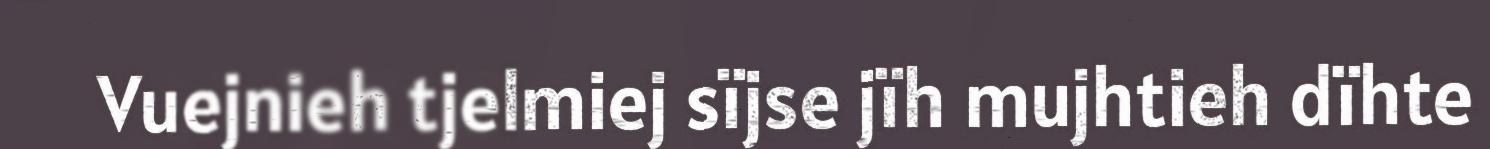
Vuejnieh tjelmiej sïjse jïh mujhtieh dïhte